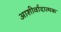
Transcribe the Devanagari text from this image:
आशीर्वादात्मक